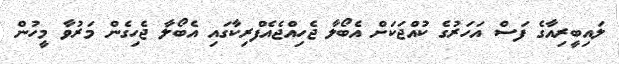
ލައިބީރިއާގެ ފަސް އަހަރުގެ ކުއްޖަކަށް އެބޯލާ ޖެހިއްޖެއެފްރިކާގައި އެބޯލާ ޖެހިގެން މަރުވާ މީހުން